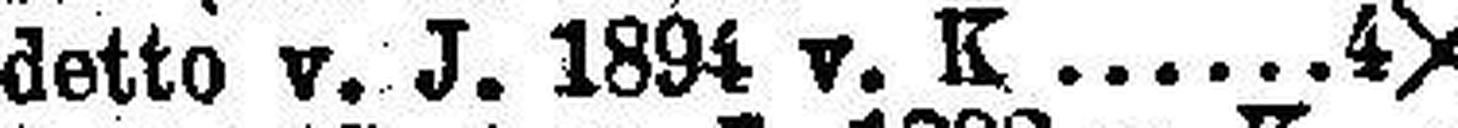
detto v. J. 1894 v. K. 4X